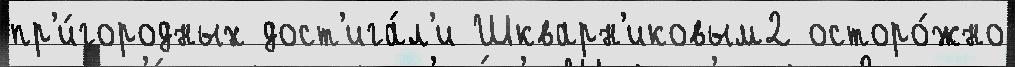
пр'и́городных дост'ига́л'и Шкварн'иковым2 осторо́жно